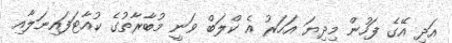
އަދި އޭގެ ފަހުން މިދިޔަ އަހަރު އެ ކްލަބް ވަނީ މުބާރާތުގެ ކުއާޓަފައިނަލާއި